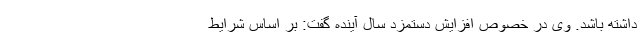
داشته باشد. وی در خصوص افزایش دستمزد سال آینده گفت: بر اساس شرایط